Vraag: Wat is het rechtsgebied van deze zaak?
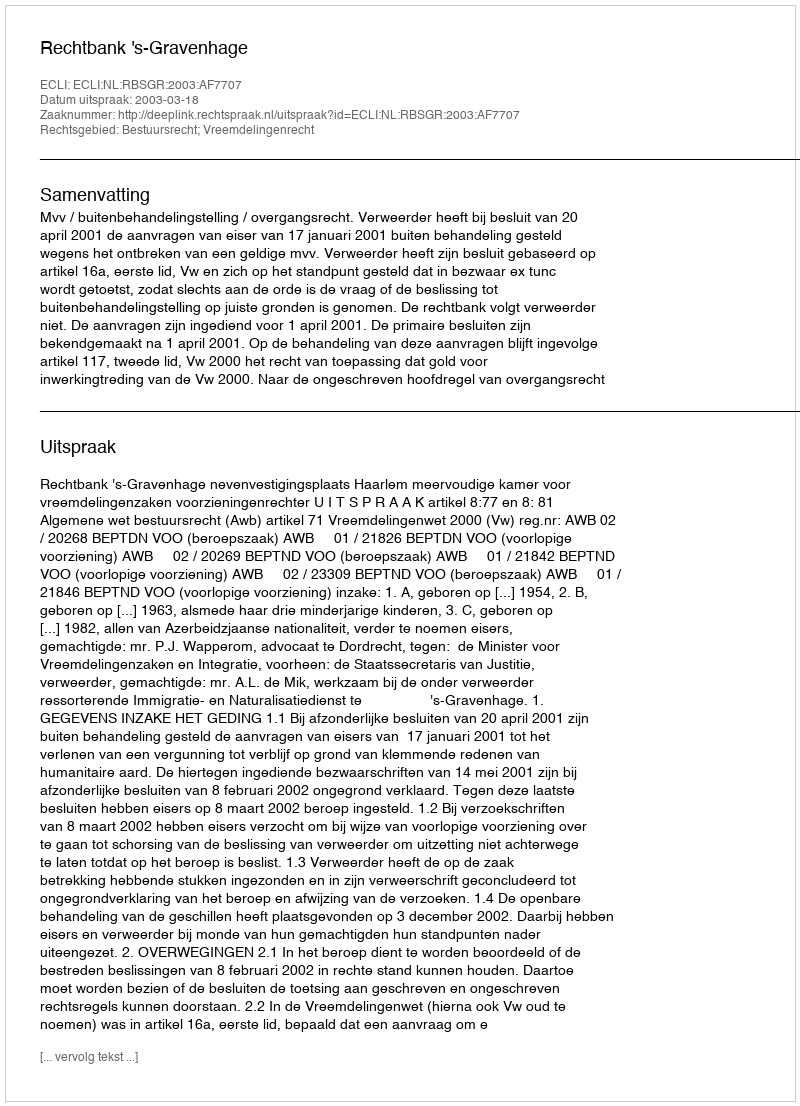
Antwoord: Bestuursrecht; Vreemdelingenrecht